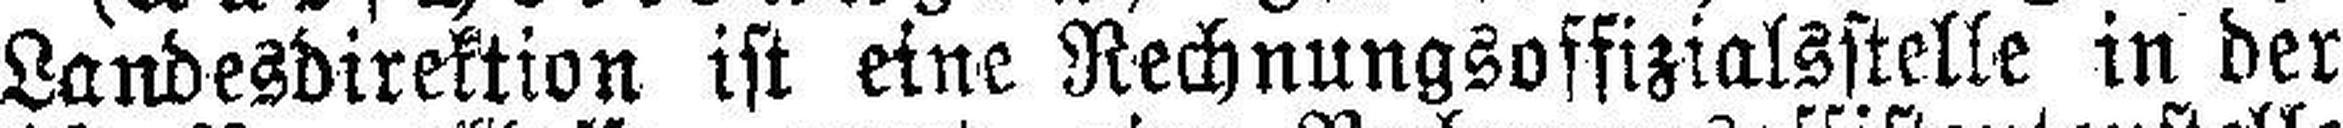
Landesdirektion ist eine Rechnungsoffizialsstelle in der